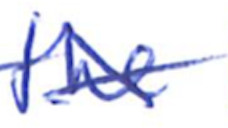
Text: the
Cross-out: cross
Writing tool: ballpoint